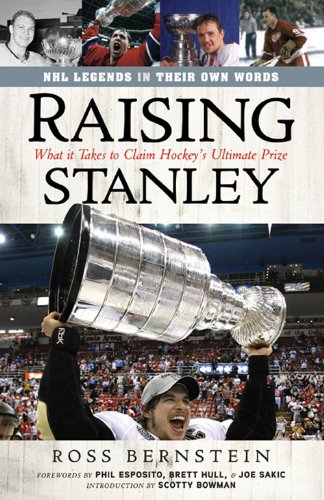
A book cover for Raising Stanley: What It Takes to Claim Hockey's Ultimate Prize; Ross Bernstein; Sports & Outdoors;